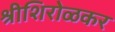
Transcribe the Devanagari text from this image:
श्रीशिरोळकर